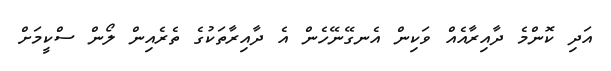
އަދި ކޮންމެ ދާއިރާއެއް ވަކިން އެނގޭނޭހެން އެ ދާއިރާތަކުގެ ތެރެއިން ލޯން ސްކީމަށް